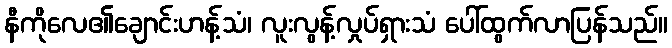
နီကိုလေ၏ချောင်းဟန့်သံ၊ လူးလွန့်လှုပ်ရှားသံ ပေါ်ထွက်လာပြန်သည်။